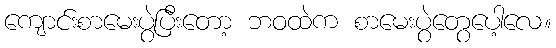
ကျောင်းစာမေးပွဲပြီးတော့ ဘဝထဲက စာမေးပွဲတွေပေါ့လေ။